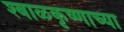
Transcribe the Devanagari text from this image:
श्बाळकृष्णाच्या